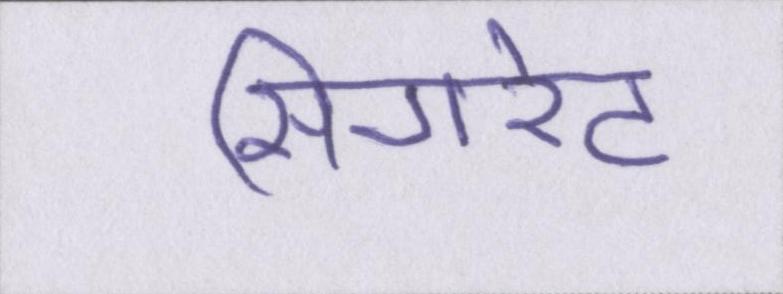
सिगरेट